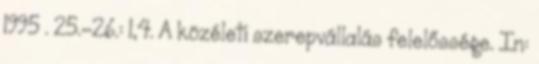
1995 . 25.-26.: 1,4. A közéleti szerepvállalás felelőssége. In: